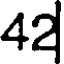
42